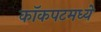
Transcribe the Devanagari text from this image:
कॉकपटमध्ये